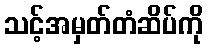
သင့်အမှတ်တံဆိပ်ကို